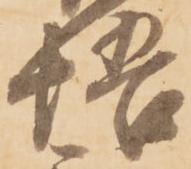
悟